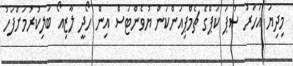
މިދިޔަ އަހަރު ސުޕަ ކަޕްގެ ޗެމްޕިއަންކަން ޔުވެންޓަސް އިން ހޯދީ ލާޒިއޯ ބަލިކުރުމަށްފަހު